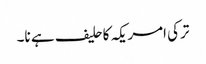
ترکی امریکہ کاحلیف ہے نا۔